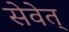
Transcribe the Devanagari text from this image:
सेवेत्